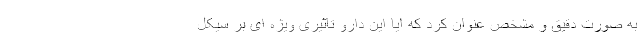
به صورت دقیق و مشخص عنوان کرد که ایا این دارو تاثیری ویژه ای بر سیکل